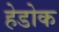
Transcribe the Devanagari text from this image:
हेडोक